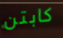
كابتن